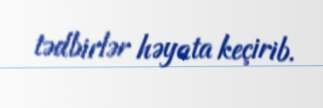
tədbirlər həyata keçirib.